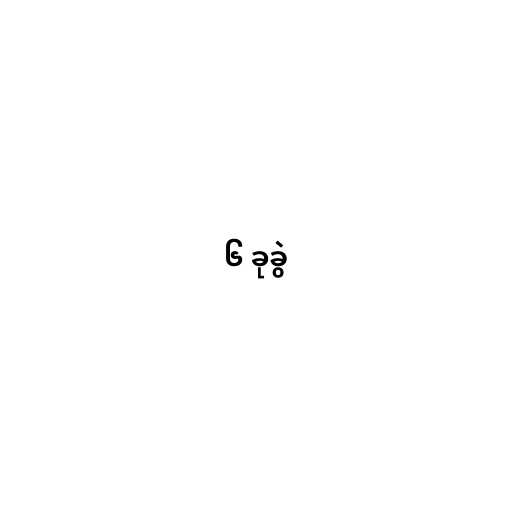
၆ ခုခွဲ